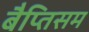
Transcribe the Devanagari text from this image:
बैप्तिसम